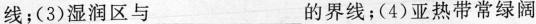
线；(3)湿润区与___的界线；(4)亚热带常绿阔